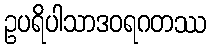
ဥပရိပါသာဒဝရဂတဿ